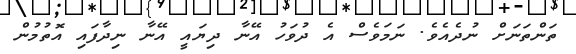
ތަންތަނަށް ނުދެއެވެ. ނަމަވެސް އެ ދުވަހު އޭނާ ދިޔައީ އޭނާ ނިދާފައި އޮތުމުން